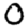
Digit: 0